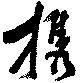
携